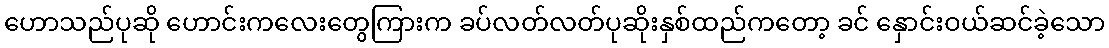
ဟောသည်ပုဆို ဟောင်းကလေးတွေကြားက ခပ်လတ်လတ်ပုဆိုးနှစ်ထည်ကတော့ ခင် နှောင်းဝယ်ဆင်ခဲ့သော